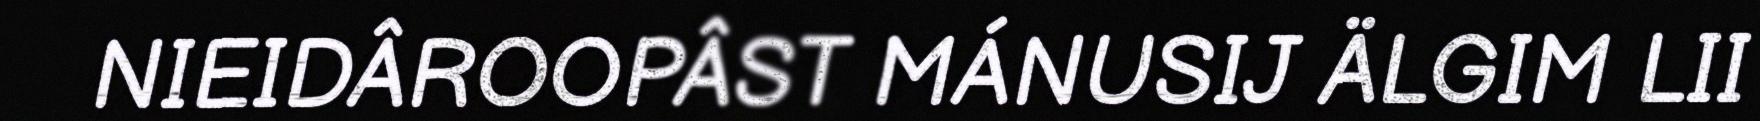
NIEIDÂROOPÂST MÁNUSIJ ÄLGIM LII